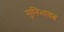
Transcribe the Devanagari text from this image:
मुनिभावत्व